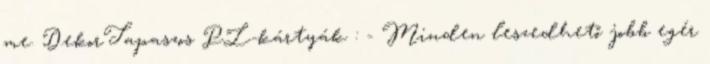
me. DekorTapaszos PL-kártyák : - Minden leszedhető jobb egér